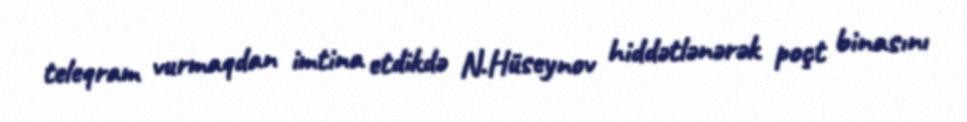
teleqram vurmaqdan imtina etdikdə N.Hüseynov hiddətlənərək poçt binasını